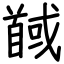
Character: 馘